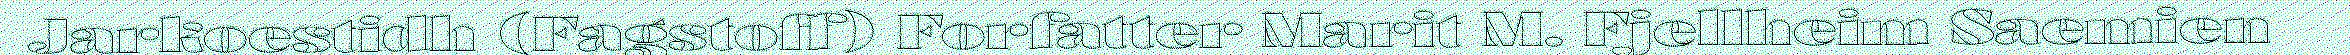
Jarkoestidh (Fagstoff) Forfatter Marit M. Fjellheim Saemien